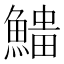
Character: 𩺅